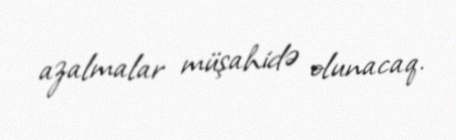
azalmalar müşahidə olunacaq.